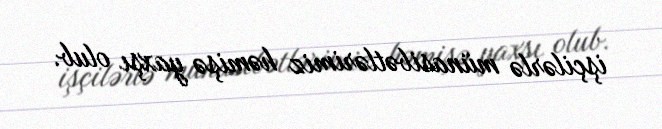
işçilərlə münasibətlərimiz həmişə yaxşı olub.